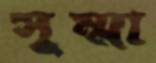
সুম্মা